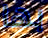
بها